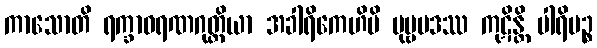
ကာသောတိ ရက္ခာဝရဏဂုတ္တိယာ အခါရိကေဟိပိ ပုဗ္ဗပဒဿ ကုဋိန္တိ ပါရိမဉ္စ